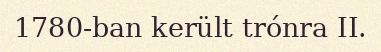
1780-ban került trónra II.